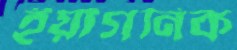
ইয়াগনিক